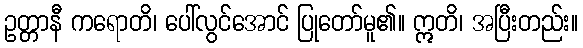
ဥတ္တာနီ ကရောတိ၊ ပေါ်လွင်အောင် ပြုတော်မူ၏။ ဣတိ၊ အပြီးတည်း။